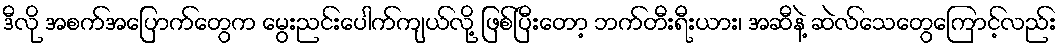
ဒီလို အစက်အပြောက်တွေက မွေးညင်းပေါက်ကျယ်လို့ ဖြစ်ပြီးတော့ ဘက်တီးရီးယား၊ အဆီနဲ့ ဆဲလ်သေတွေကြောင့်လည်း